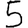
Digit: 5